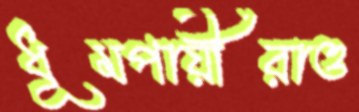
ধূমপায়ীরাও